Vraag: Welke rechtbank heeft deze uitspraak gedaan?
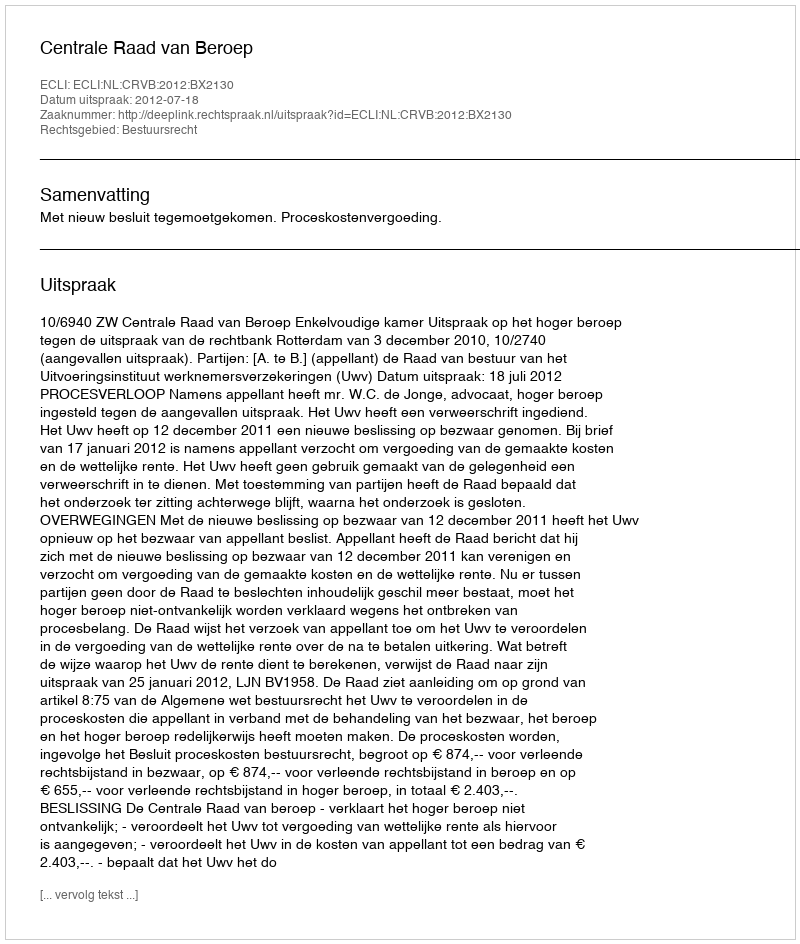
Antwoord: Centrale Raad van Beroep